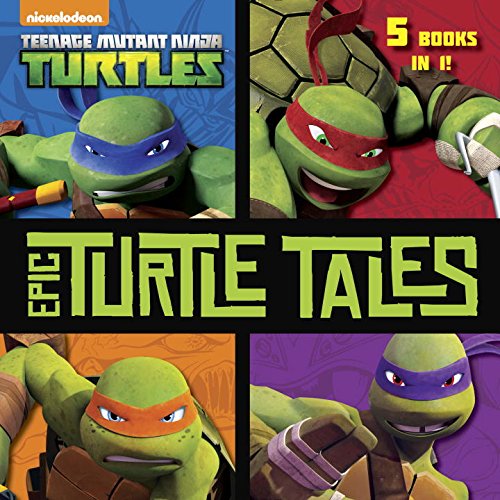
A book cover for Epic Turtle Tales (Teenage Mutant Ninja Turtles) (Pictureback(R)); Random House; Children's Books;